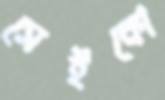
সেইকো